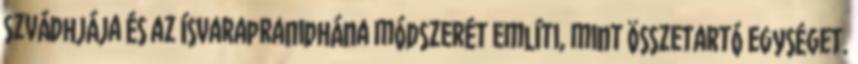
szvádhjája és az ísvarapranidhána módszerét említi, mint összetartó egységet.